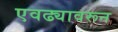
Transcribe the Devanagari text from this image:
एवढ्यावरून